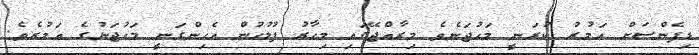
ޑިފެންސަށް އަމުރު ކުރަނީ މަހުޖަނެވެ މިރާއްޖޭގައި މިހާރު ފުލުހުން އެހިންގަނީ މަހުޖަނުގެ އަމުރެވެ.